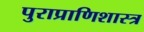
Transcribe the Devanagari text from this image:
पुराप्राणिशास्त्र